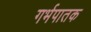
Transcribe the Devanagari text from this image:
गर्भपातक